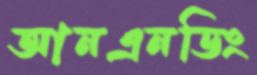
আনএনডিং